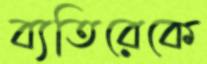
ব্যতিরেকে